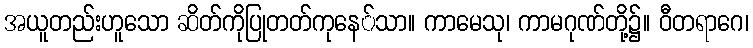
အယူတည်းဟူသော ဆိတ်ကိုပြုတတ်ကုနေ်သာ။ ကာမေသု၊ ကာမဂုဏ်တို့၌။ ဝီတရာဂေ၊